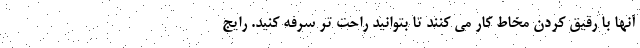
آنها با رقیق کردن مخاط کار می کنند تا بتوانید راحت تر سرفه کنید. رایج